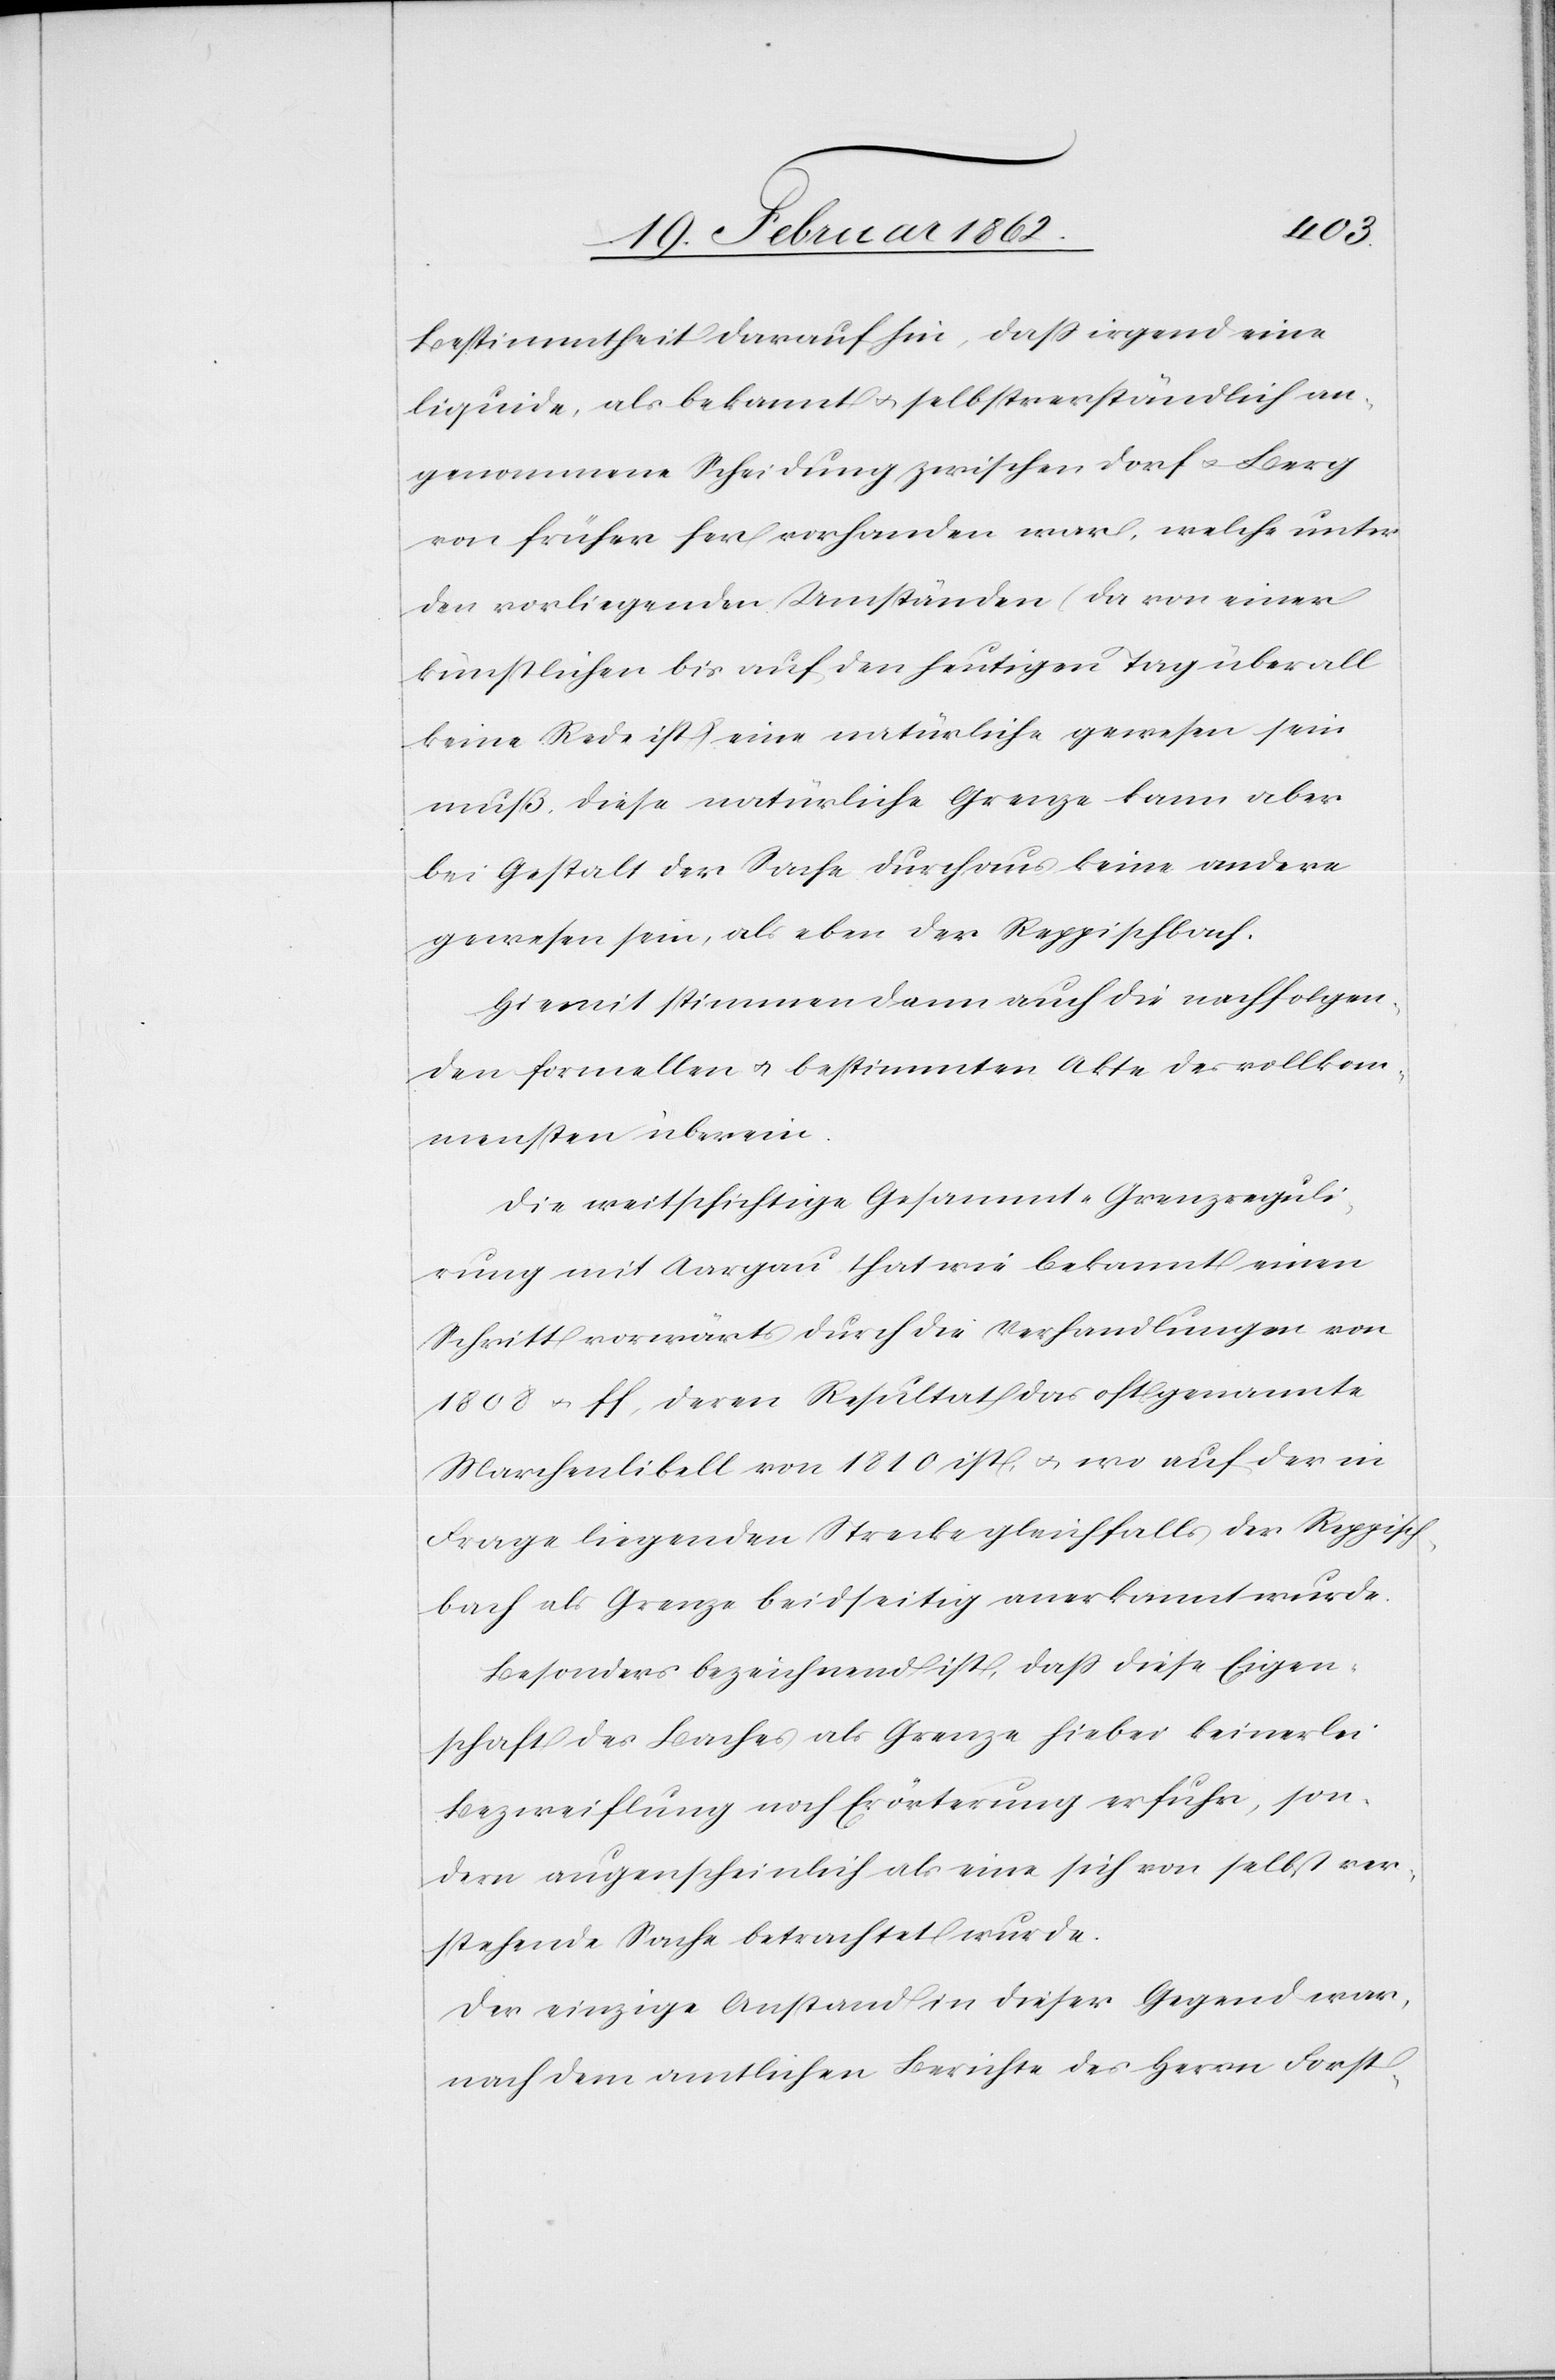
Bestimmtheit darauf hin, daß irgend eine
liquide, als bekannt u. selbstverständlich an¬
genommene Scheidung zwischen Dorf u. Berg
von früher her vorhanden war, welche unter
den vorliegenden Umständen (da von einer
künstlichen bis auf den heutigen Tag überall
keine Rede ist) eine natürliche gewesen sein
muß. Diese natürliche Grenze kann aber
bei Gestalt der Sache durchaus keine andere
gewesen sein, als eben der Reppischbach.
Hiemit stimmen denn auch die nachfolgen¬
den formellen u. bestimmten Akte des vollkom¬
mensten überein.
Die weitschichtige Gesammt-Grenzreguli¬
rung mit Aargau that wie bekannt einen
Schritt vorwärts durch die Verhandlungen von
1808 u. ff, deren Resultat das oft genannte
Marchenlibell von 1810 ist, u. wo auf der in
Frage liegenden Strecke gleichfalls der Reppisch¬
bach als Grenze beidseitig anerkannt wurde.
Besonders bezeichnend ist, daß diese Eigen¬
schaft des Baches als Grenze hiebei keinerlei
Bezweiflung noch Erörterung erfuhr, son¬
dern augenscheinlich als eine sich von selbst ver¬
stehende Sache betrachtet wurde.
Der einzige Anstand in dieser Gegend war,
nach dem amtlichen Berichte des Herrn Forst-